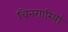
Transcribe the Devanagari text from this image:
चिनगारियां